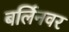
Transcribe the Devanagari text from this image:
बर्लिनवर